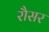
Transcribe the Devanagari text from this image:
रौसर